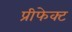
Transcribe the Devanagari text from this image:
प्रीफेक्ट